Plague in India, 1896, 1897 - Volume 2
Year: 1896
Disease focus: Plague
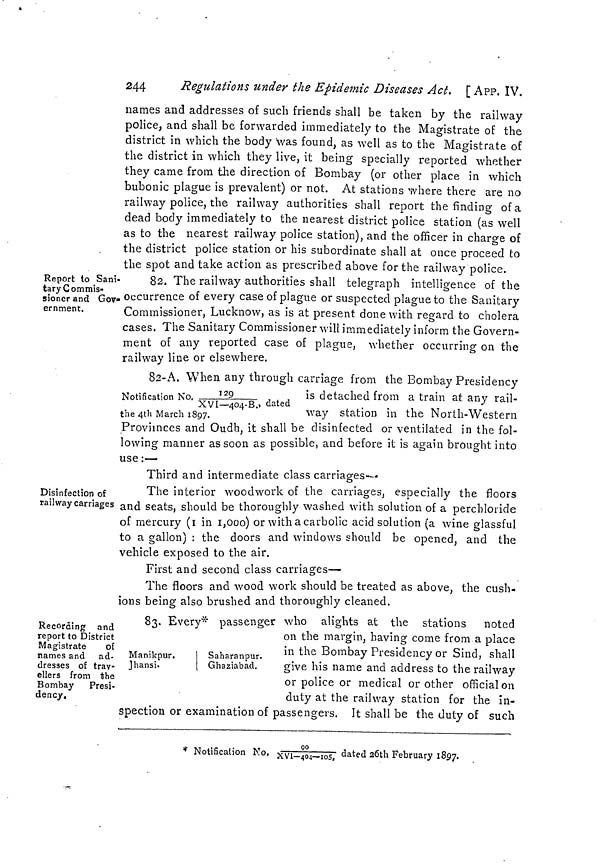
244
Regulations under the Epidemic Diseases Act. [ APP. IV.
names and addresses of such friends shall be taken by the railway
police, and shall be forwarded immediately to the Magistrate of the
district in which the body was found, as well as to the Magistrate of
the district in which they live, it being specially reported whether
they came from the direction of Bombay (or other place in which
bubonic plague is prevalent) or not. At stations where there are no
railway police, the railway authorities shall report the finding of a
dead body immediately to the nearest district police station (as well
as to the nearest railway police station), and the officer in charge of
the district police station or his subordinate shall at once proceed to
the spot and take action as prescribed above for the railway police.
Report to Sani-
tary Com mis-
sioner and Gov»
ernment.
82. The railway authorities shall telegraph intelligence of the
. occurrence of every case of plague or suspected plague to the Sanitary
Commissioner, Lucknow, as is at present done with regard to cholera
cases. The Sanitary Commissioner will immediately inform the Govern-
ment of any reported case of plague, whether occurring on the
railway line or elsewhere.
82-A. When any through carriage from the Bombay Presidency
Notification No 129/XVI-404-B., dated i s detached from a train at any rail-
the 4th March 1897.
way
station in the North-Western
Provimces and Oudh, it shall be disinfected or ventilated in the fol-
lowing manner as soon as possible, and before it is again brought into
use:—
Third and intermediate class carriages-
Disinfection of
railway carriages
The interior woodwork of the carriages, especially the floors
and seats, should be thoroughly washed with solution of a perchloride
of mercury (I in 1,000) or with a carbolic acid solution (a wine glassful
to a gallon) : the doors and windows should be opened, and the
vehicle exposed to the air.
First and second class carnages—
The floors and wood work should be treated as above, the cush-
ions being also brushed and thoroughly cleaned.
Recording and
report to District
Magistrate
of
names and ad-
dresses of trav-
ellers from the
Bombay
Presi-
dency.
87. Everv* passeneer who alights at the stations noted
Manikpur.
Jhansi.
Saharanpur.
Ghaziabad.
on the margin, having come from a place
in the Bombay Presidency or Sind, shall
give his name and address to the railway
or police or medical or other official on
duty at the railway station for the in-
spection or examination of passengers. It shall be the duty of such
* Notification No, 90/XVI-404-105, dated 26th February 1897.